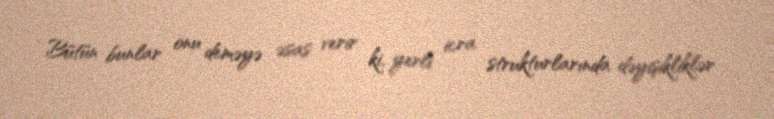
Bütün bunlar onu deməyə əsas verir ki, yerli icra strukturlarında dəyişikliklər